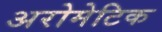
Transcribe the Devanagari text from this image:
अरोमेटिक